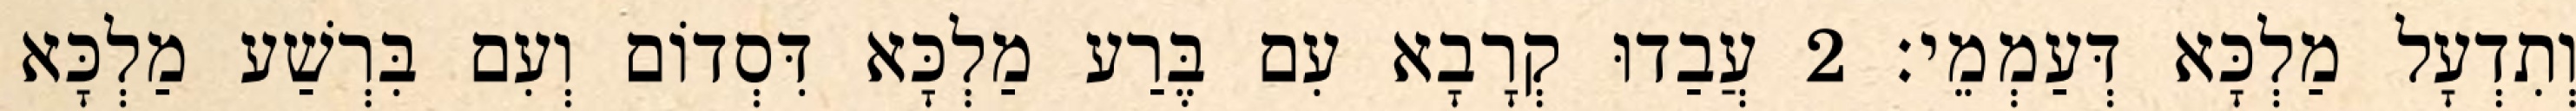
וְתִדְעָל מַלְכָּא דְּעַמְמֵי׃ 2 עֲבַדוּ קְרָבָא עִם בֶּרַע מַלְכָּא דִּסְדוֹם וְעִם בִּרְשַׁע מַלְכָּא